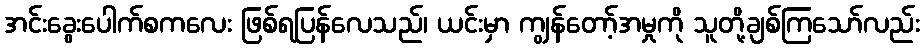
အင်းခွေးပေါက်စကလေး ဖြစ်ရပြန်လေသည်၊ ယင်းမှာ ကျွန်တော့်အမှုကို သူတို့ချစ်ကြသော်လည်း